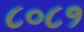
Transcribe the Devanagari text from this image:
८०८१